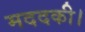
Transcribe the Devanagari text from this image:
मददकी।